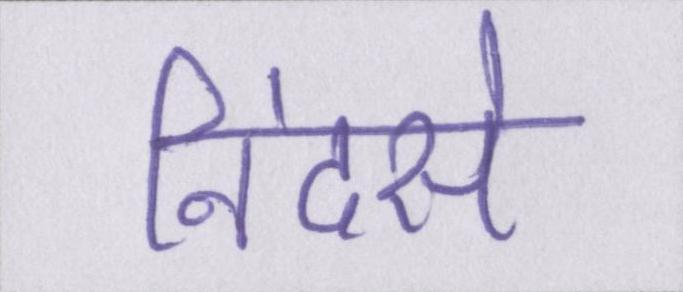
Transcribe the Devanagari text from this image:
निंदसे